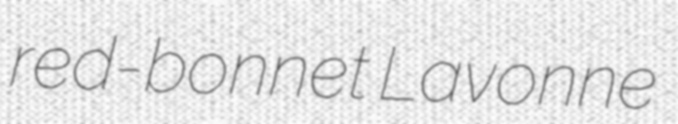
red-bonnet Lavonne